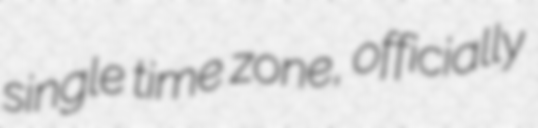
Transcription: single time zone, officially